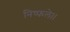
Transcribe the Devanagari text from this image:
निष्फले।।